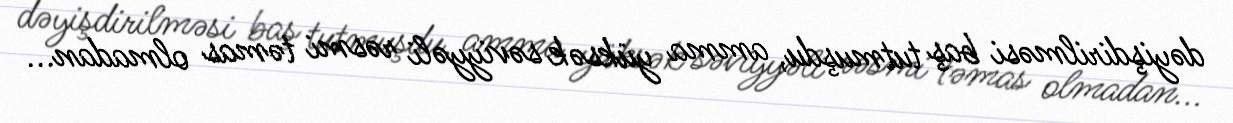
dəyişdirilməsi baş tutmuşdu, amma yüksək səviyyəli rəsmi təmas olmadan...